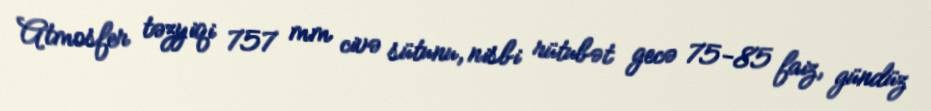
Atmosfer təzyiqi 757 mm civə sütunu, nisbi rütubət gecə 75-85 faiz, gündüz